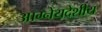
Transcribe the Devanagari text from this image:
आग्नेयदेशीय